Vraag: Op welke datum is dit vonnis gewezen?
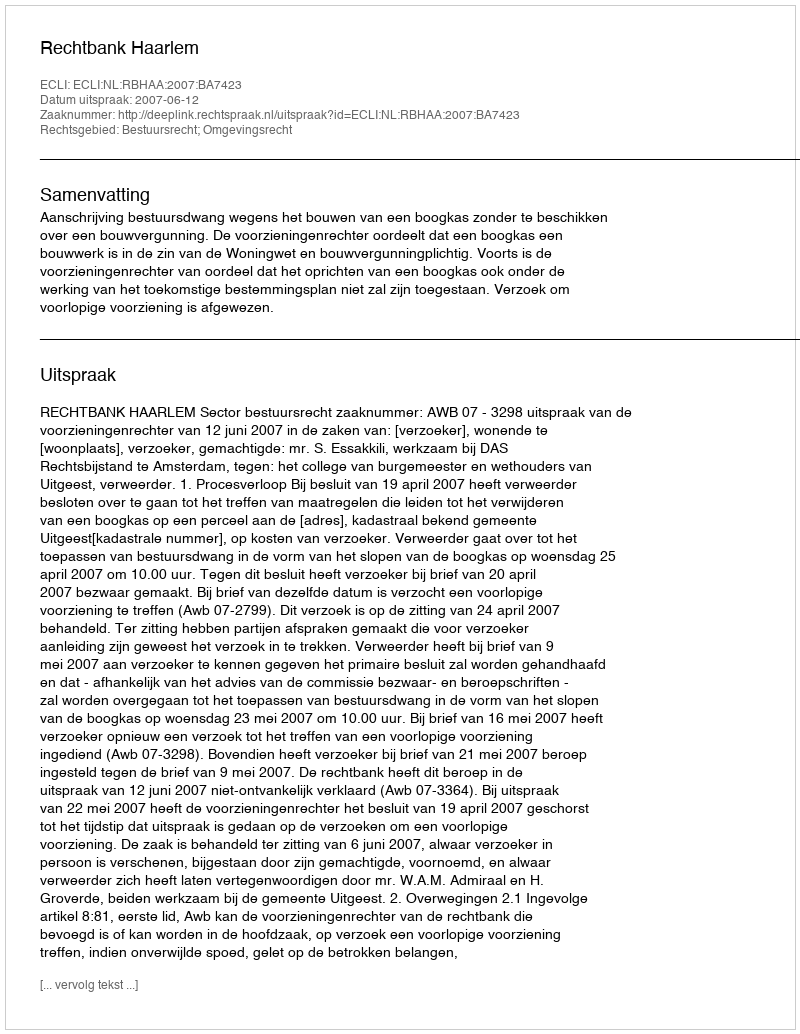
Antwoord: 2007-06-12